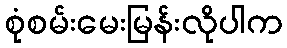
စုံစမ်းမေးမြန်းလိုပါက